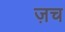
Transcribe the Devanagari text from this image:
ज़च